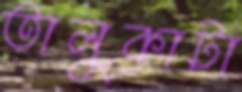
তালুকাটা